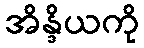
အိန္ဒိယကို